65_HS1-834228961_62-HQ-83894_Section_9
Agency: FBI
Page 61
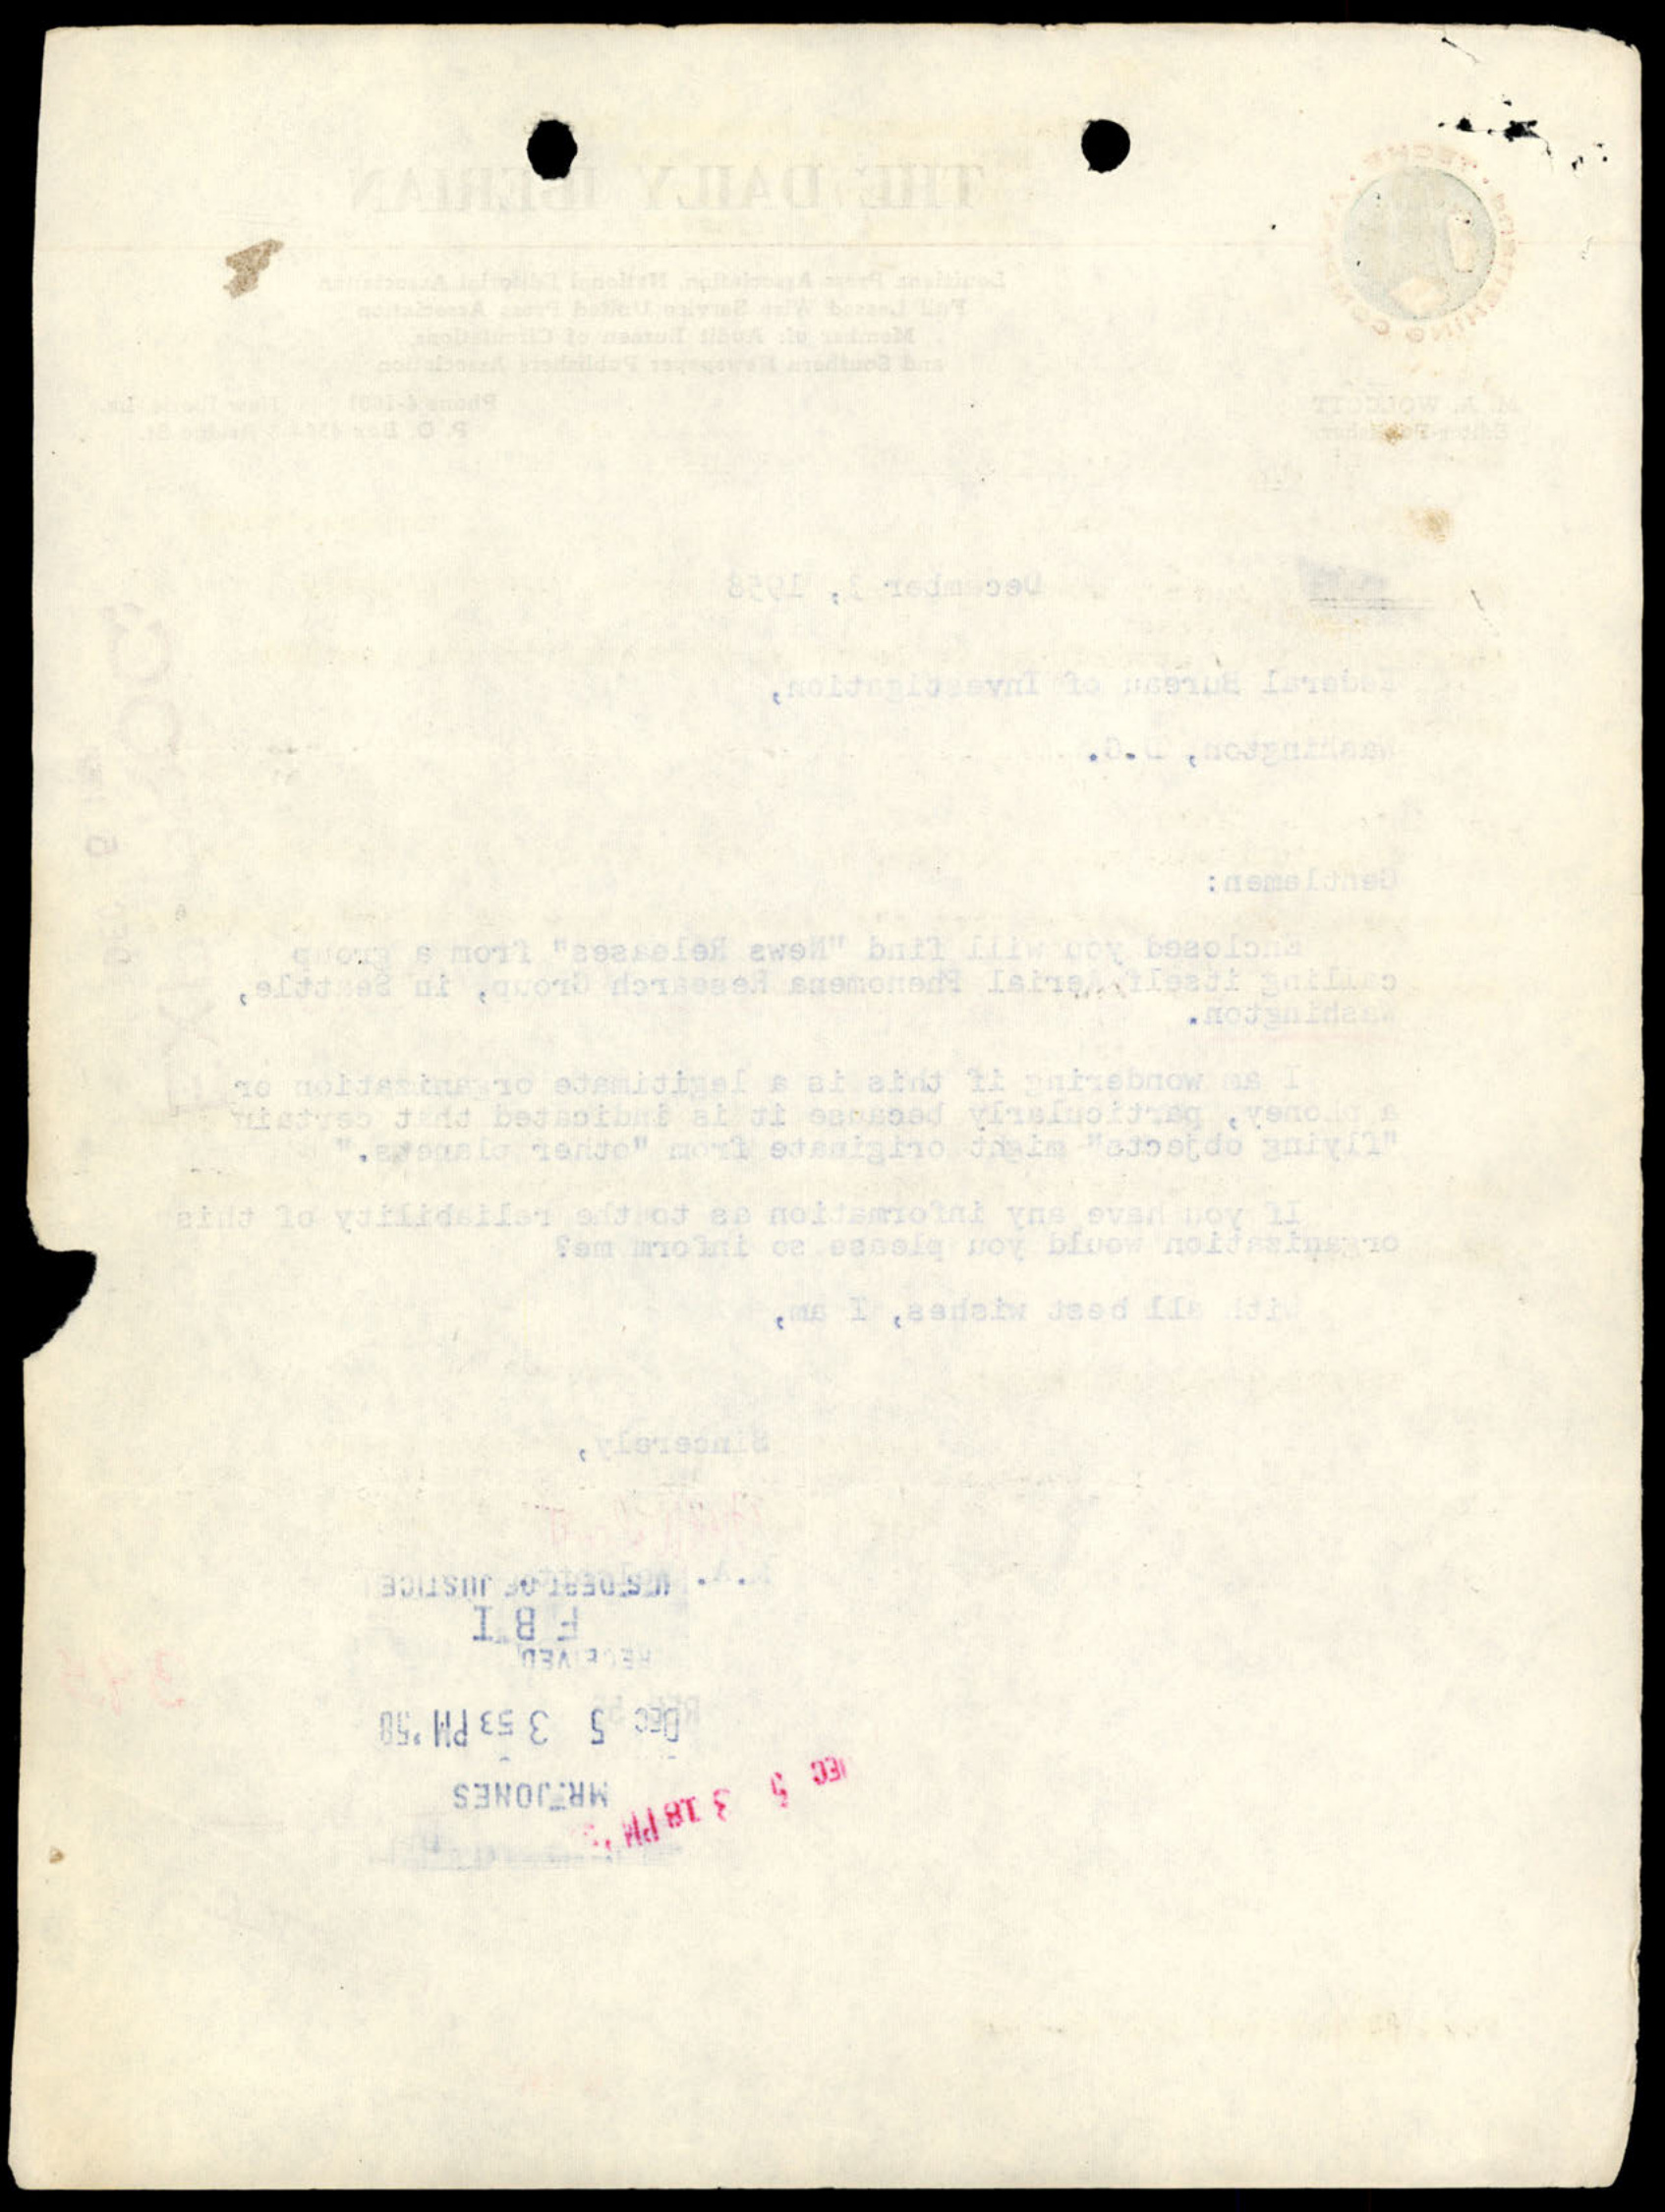